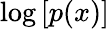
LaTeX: \log\, [p(x)]